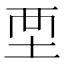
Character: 𡊹